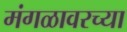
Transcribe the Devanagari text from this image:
मंगळावरच्या